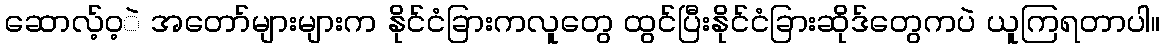
ဆောလ့်ဝ့ဲ အတော်များများက နိုင်ငံခြားကလူတွေ ထွင်ပြီးနိုင်ငံခြားဆိုဒ်တွေကပဲ ယူကြရတာပါ။